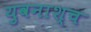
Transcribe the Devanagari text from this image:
युवनाश्च